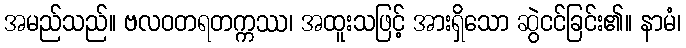
အမည်သည်။ ဗလဝတရတက္ကဿ၊ အထူးသဖြင့် အားရှိသော ဆွဲငင်ခြင်း၏။ နာမံ၊